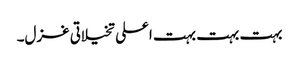
بہت بہت بہت اعلی تخیلاتی غزل۔